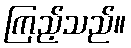
ကြည့်သည်။